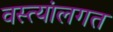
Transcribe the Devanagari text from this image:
वस्त्यांलगत